Malaria in India - Number 2
Disease focus: Malaria
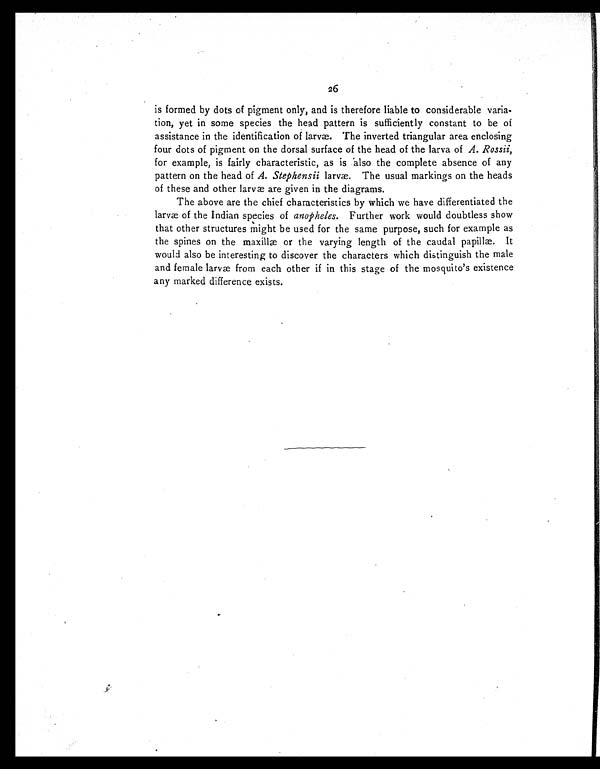
26
is formed by dots of pigment only, and is therefore liable to considerable varia--
tion, yet in some species the head pattern is sufficiently constant to be of
assistance in the identification of larvæ. The inverted triangular area enclosing
four dots of pigment on the dorsal surface of the head of the larva of A. Rossii,
for example, is fairly characteristic, as is also the complete absence of any
pattern on the head of A. Stephensii larvæ. The usual markings on the heads
of these and other larvæ are given in the diagrams.
The above are the chief characteristics by which we have differentiated the
larvæ of the Indian species of anopheles. Further work would doubtless show
that other structures might be used for the same purpose, such for example as
the spines on the maxillæ or the varying length of the caudal papillæ. It
would also be interesting to discover the characters which distinguish the male
and female larvæ from each other if in this stage of the mosquito's existence
any marked difference exists.